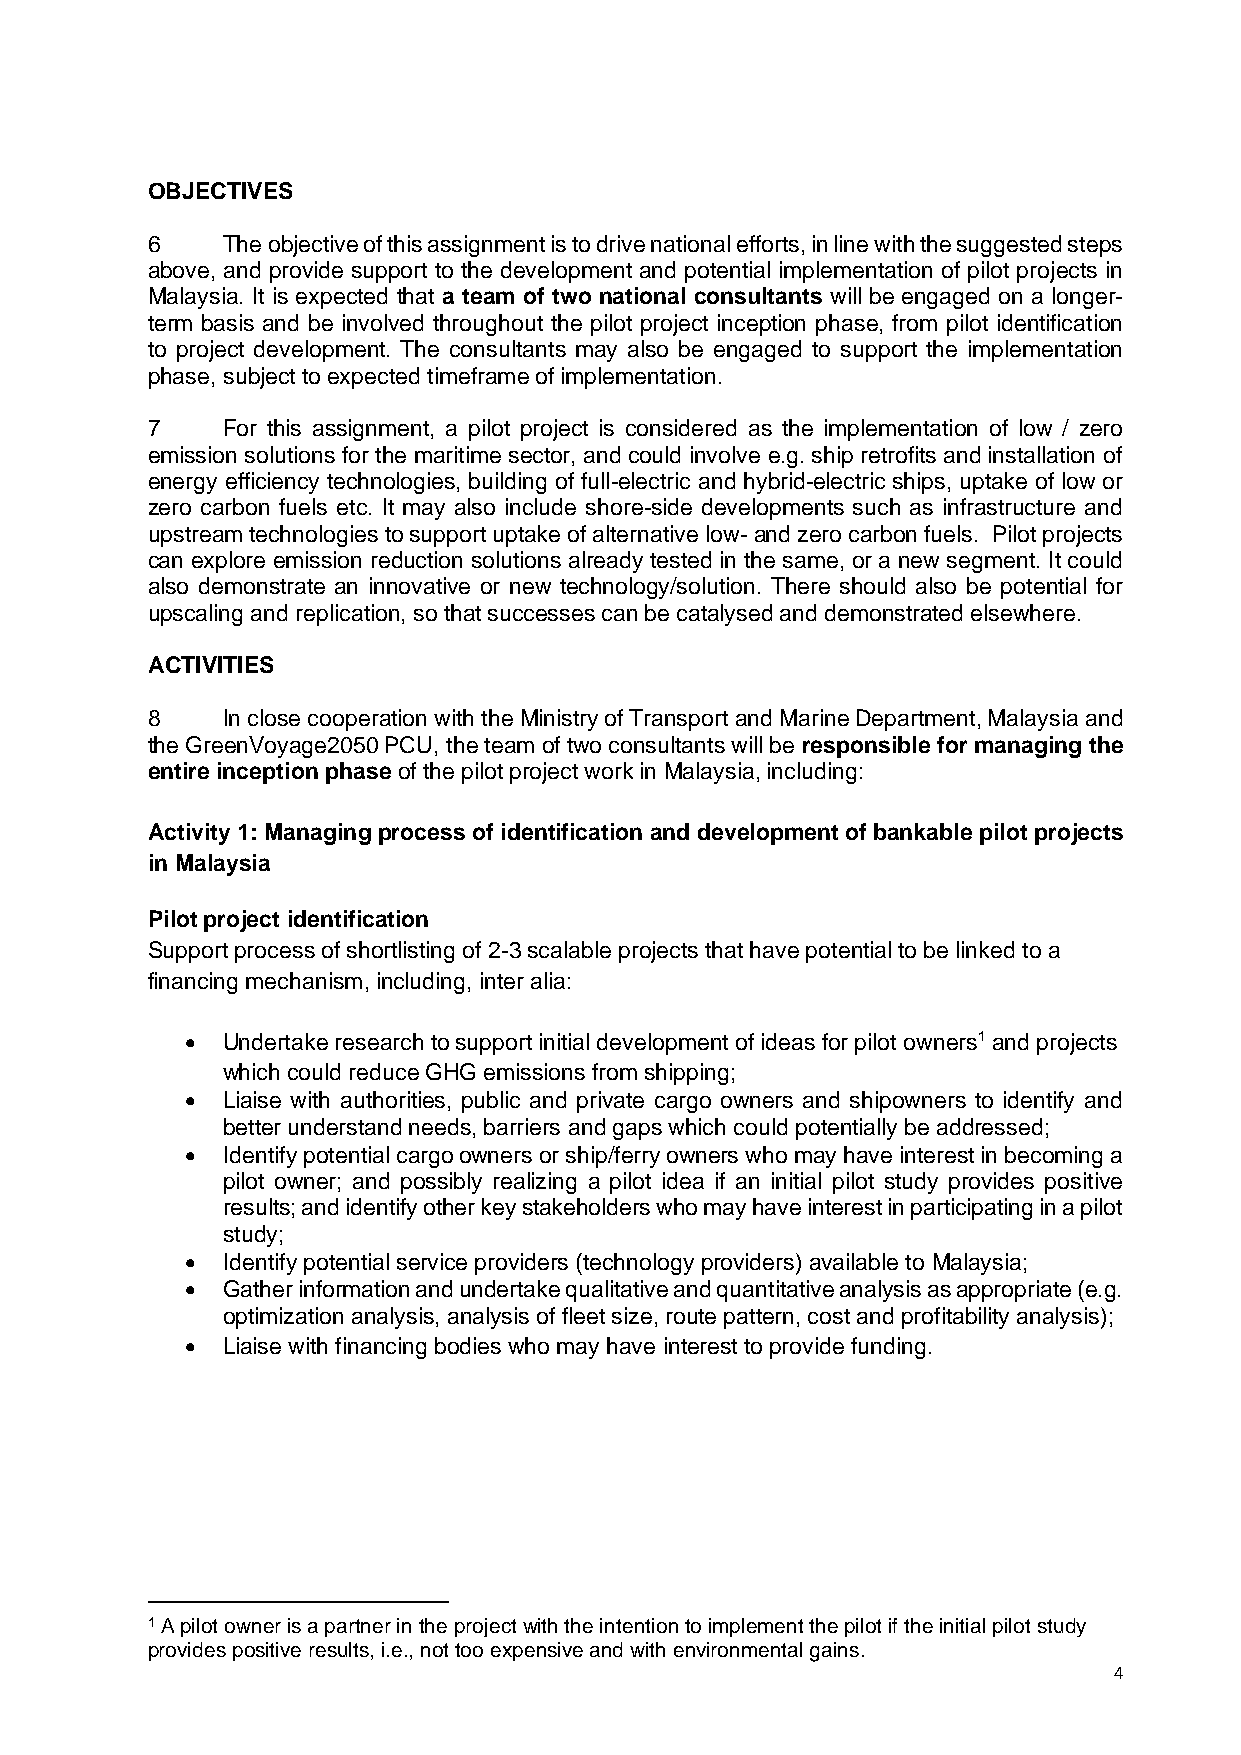
OBJECTIVES
 6    The objective of this assignment is to drive national efforts, in line with the suggested steps
 above, and provide support to the development and potential implementation of pilot projects in
 Malaysia. It is expected that a team of two national consultants will be engaged on a longer-
 term basis and be involved throughout the pilot project inception phase, from pilot identification
 to project development. The consultants may also be engaged to support the implementation
 phase, subject to expected timeframe of implementation.
 7    For this assignment, a pilot project is considered as the implementation of low / zero
 emission solutions for the maritime sector, and could involve e.g. ship retrofits and installation of
 energy efficiency technologies, building of full-electric and hybrid-electric ships, uptake of low or
 zero carbon fuels etc. It may also include shore-side developments such as infrastructure and
 upstream technologies to support uptake of alternative low- and zero carbon fuels. Pilot projects
 can explore emission reduction solutions already tested in the same, or a new segment. It could
 also demonstrate an innovative or new technology/solution. There should also be potential for
 upscaling and replication, so that successes can be catalysed and demonstrated elsewhere.
 ACTIVITIES
 8    In close cooperation with the Ministry of Transport and Marine Department, Malaysia and
 the GreenVoyage2050 PCU, the team of two consultants will be responsible for managing the
 entire inception phase of the pilot project work in Malaysia, including:
 Activity 1: Managing process of identification and development of bankable pilot projects
 in Malaysia
 Pilot project identification
 Support process of shortlisting of 2-3 scalable projects that have potential to be linked to a
 financing mechanism, including, inter alia:
 •  Undertake research to support initial development of ideas for pilot owners1 and projects
 which could reduce GHG emissions from shipping;
 •  Liaise with authorities, public and private cargo owners and shipowners to identify and
 better understand needs, barriers and gaps which could potentially be addressed;
 •  Identify potential cargo owners or ship/ferry owners who may have interest in becoming a
 pilot owner; and possibly realizing a pilot idea if an initial pilot study provides positive
 results; and identify other key stakeholders who may have interest in participating in a pilot
 study;
 •  Identify potential service providers (technology providers) available to Malaysia;
 •  Gather information and undertake qualitative and quantitative analysis as appropriate (e.g.
 optimization analysis, analysis of fleet size, route pattern, cost and profitability analysis);
 •  Liaise with financing bodies who may have interest to provide funding.
 1 A pilot owner is a partner in the project with the intention to implement the pilot if the initial pilot study
 provides positive results, i.e., not too expensive and with environmental gains.
 4